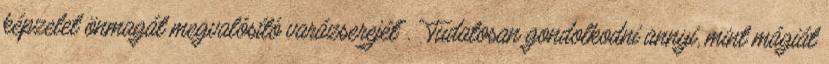
képzelet önmagát megvalósító varázserejét". "Tudatosan gondolkodni annyi, mint mágiát